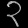
Digit: ၃